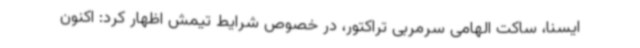
ایسنا، ساکت الهامی سرمربی تراکتور، در خصوص شرایط تیمش اظهار کرد: اکنون